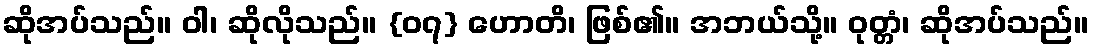
ဆိုအပ်သည်။ ဝါ၊ ဆိုလိုသည်။ {၀၇} ဟောတိ၊ ဖြစ်၏။ အဘယ်သို့။ ဝုတ္တံ၊ ဆိုအပ်သည်။